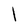
Character: I